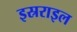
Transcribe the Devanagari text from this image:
इस्रराइल